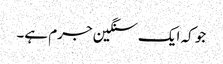
جو کہ ایک سنگین جرم ہے۔